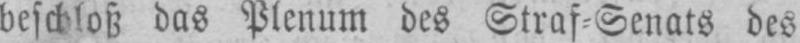
beschloss das Plenum des Straf⸗Senats des